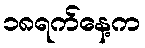
၁၈ရက်နေ့က